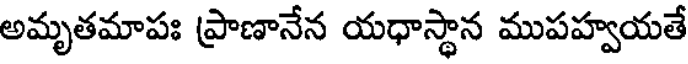
అమృతమాపః ప్రాణానేన యధాస్థాన ముపహ్వయతే